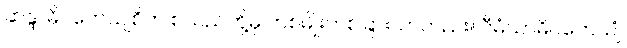
ဆန္ဒာဓိပတေယျစိတ် စသည်တို့မှ တစ်မျိုးတစ်ခြားသာတည်း။ ဝီမံသာဓိပတေယျံ၊